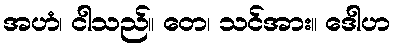
အဟံ၊ ငါသည်။ တေ၊ သင်အား။ ဒေါဟ